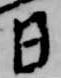
日